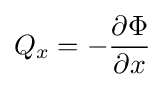
Q_{x}=-{\frac {\partial \Phi }{\partial x}}